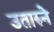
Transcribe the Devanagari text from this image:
उतारुने